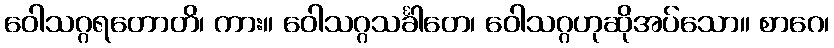
ဝေါသဂ္ဂရတောတိ၊ ကား။ ဝေါသဂ္ဂသင်္ခါတေ၊ ဝေါသဂ္ဂဟုဆိုအပ်သော။ စာဂေ၊